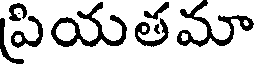
పియతమా